Indian journal of veterinary science and animal husbandry - Volume 7,
Year: 1937
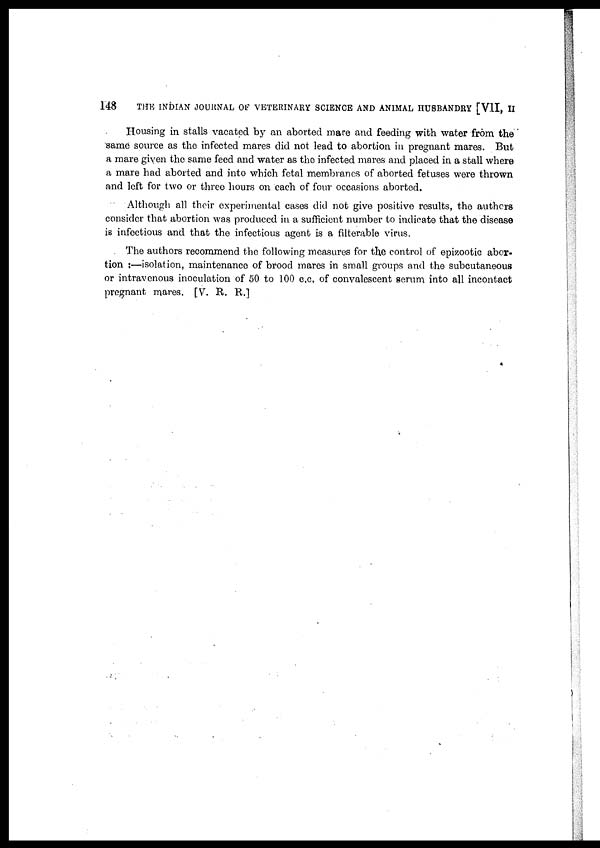
148 THE INDIAN JOURNAL OF VETERINARY SCIENCE AND ANIMAL HUSBANDRY [VII, II
Housing in stalls vacated by an aborted mare and feeding with water from the
same source as the infected mares did not lead to abortion in pregnant mares. But
a mare given the same feed and water as the infected mares and placed in a stall where
a mare had aborted and into which fetal membranes of aborted fetuses were thrown
and left for two or three hours on each of four occasions aborted.
Although all their experimental cases did not give positive results, the authors
consider that abortion was produced in a sufficient number to indicate that the disease
is infectious and that the infectious agent is a filterable virus.
The authors recommend the following measures for the control of epizootic abor-
tion :—isolation, maintenance of brood mares in small groups and the subcutaneous
or intravenous inoculation of 50 to 100 c.c. of convalescent serum into all incontact
pregnant mares. [V. R. R.]